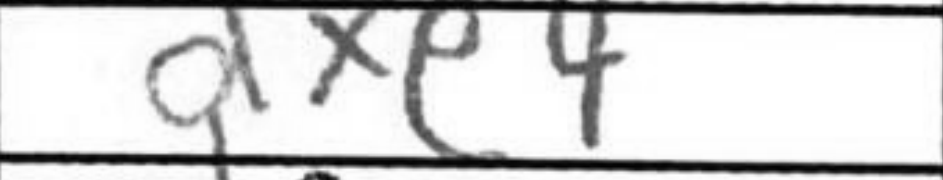
Transcription: dxe4